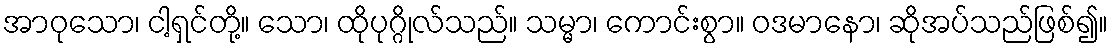
အာဝုသော၊ ငါ့ရှင်တို့။ သော၊ ထိုပုဂ္ဂိုလ်သည်။ သမ္မာ၊ ကောင်းစွာ။ ဝဒမာနော၊ ဆိုအပ်သည်ဖြစ်၍။